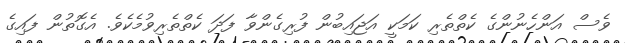
ވެސް އަންހެނުންގެ ކެތްތެރި ކަމަކީ އަޖައިބުން ފުރިގެންވާ ފަދަ ކެތްތެރިވުމެކެވެ. އެގޮތުން ފައިގެ